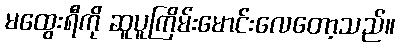
မထွေးရီကို ဆူပူကြိမ်းမောင်းလေတော့သည်။